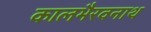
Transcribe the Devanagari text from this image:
कालभैरवनाथ